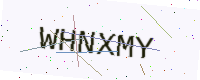
Text: WHNXMY